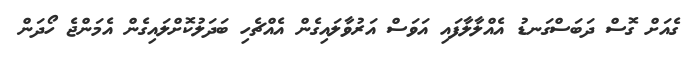
ގެއަށް ގޮސް ދަބަސްގަނޑު އެއްލާލާފައި އަވަސް އަރުވާލައިގެން އެއްޗެހި ބަދަލުކޮށްލައިގެން އެމަންޖެ ހޯދަން